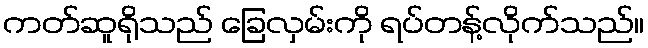
ကတ်ဆူရိုသည် ခြေလှမ်းကို ရပ်တန့်လိုက်သည်။